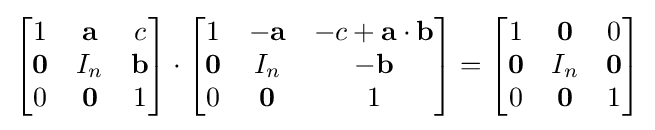
{\begin{bmatrix}1&\mathbf {a} &c\\\mathbf {0} &I_{n}&\mathbf {b} \\0&\mathbf {0} &1\end{bmatrix}}\cdot {\begin{bmatrix}1&-\mathbf {a} &-c+\mathbf {a} \cdot \mathbf {b} \\\mathbf {0} &I_{n}&-\mathbf {b} \\0&\mathbf {0} &1\end{bmatrix}}={\begin{bmatrix}1&\mathbf {0} &0\\\mathbf {0} &I_{n}&\mathbf {0} \\0&\mathbf {0} &1\end{bmatrix}}